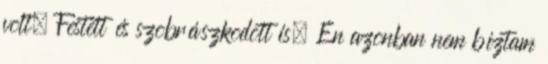
volt. Festett és szobrászkodott is. Én azonban nem bíztam